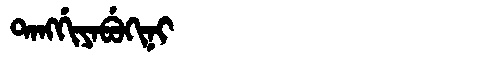
Manchu: ᡨᠠᠩᡤᡳᠶᠠᠪᡠᡴᡳᠨᡳ
Romanization: TANGGIYABUKINI